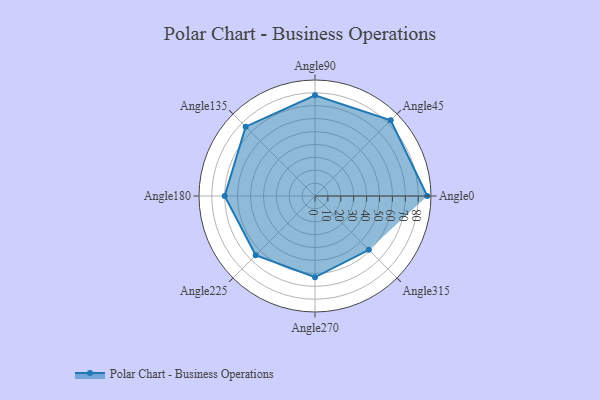
{"axis": {"x": "Angle", "y": "Radius"}, "legend": [""], "data": [{"x": "Angle0", "y": 87.0, "type": ""}, {"x": "Angle45", "y": 83.0, "type": ""}, {"x": "Angle90", "y": 78.0, "type": ""}, {"x": "Angle135", "y": 76.0, "type": ""}, {"x": "Angle180", "y": 70.0, "type": ""}, {"x": "Angle225", "y": 65.0, "type": ""}, {"x": "Angle270", "y": 63.0, "type": ""}, {"x": "Angle315", "y": 59.0, "type": ""}]}